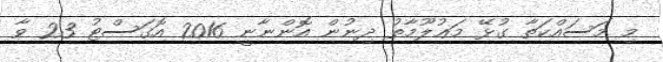
މި މަސައްކަތާ ގުޅޭ މަޢުލޫމާތު ދިނުން އޮންނާނީ 2016 އޮގަސްޓު 23 ވާ